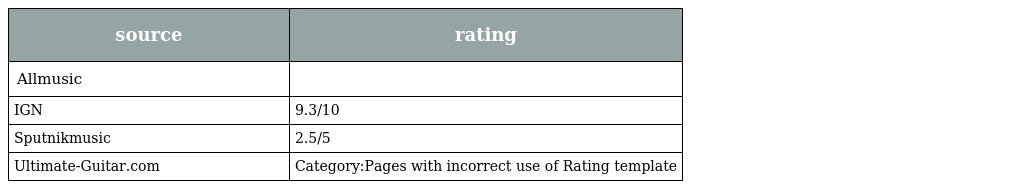
| source | rating |
 | --- | --- |
 | Allmusic |  |
 | IGN | 9.3/10 |
 | Sputnikmusic | 2.5/5 |
 | Ultimate-Guitar.com | Category:Pages with incorrect use of Rating template |